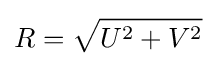
R={\sqrt {U^{2}+V^{2}}}